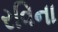
રવિના